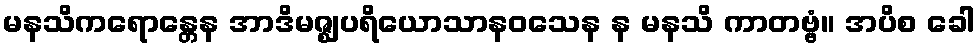
မနသိကရောန္တေန အာဒိမဇ္ဈပရိယောသာနဝသေန န မနသိ ကာတဗ္ဗံ။ အပိစ ခေါ